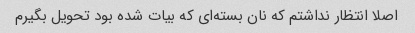
اصلا انتظار نداشتم که نان بسته‌ای که بیات شده بود تحویل بگیرم